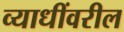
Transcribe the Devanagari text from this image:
व्याधींवरील